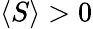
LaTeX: \langle S\rangle>0